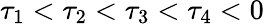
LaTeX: \tau_{1}<\tau_{2}<\tau_{3}<\tau_{4}<0